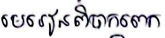
មេរៀនពិបាកពេក